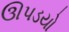
ઊપડયો